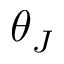
\theta _ { J }